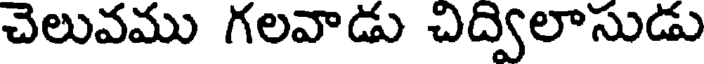
చెలువము గలవాడు చిద్విలాసుడు